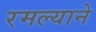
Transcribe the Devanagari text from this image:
रमल्याने